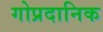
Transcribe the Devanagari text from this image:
गोप्रदानिक